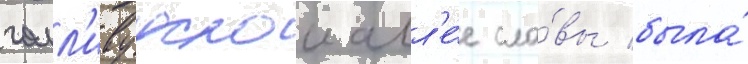
голл'ивудскои алл'е́е сла́вы была́